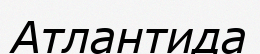
Атлантида